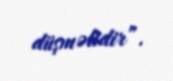
düşməlidir”.